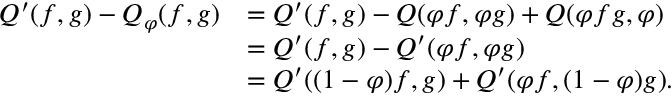
\begin{array} { r l } { Q ^ { \prime } ( f , g ) - Q _ { \varphi } ( f , g ) } & { = Q ^ { \prime } ( f , g ) - Q ( \varphi f , \varphi g ) + Q ( \varphi f g , \varphi ) } \\ & { = Q ^ { \prime } ( f , g ) - Q ^ { \prime } ( \varphi f , \varphi g ) } \\ & { = Q ^ { \prime } ( ( 1 - \varphi ) f , g ) + Q ^ { \prime } ( \varphi f , ( 1 - \varphi ) g ) . } \end{array}